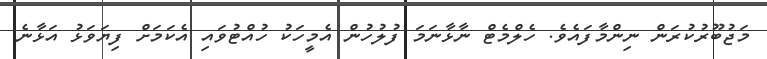
މަޖުބޫރުކުރަން ނިންމާފައެވެ. ހެލްމެޓް ނާޅާނަމަ ފުލުހުން އެމީހަކު ހުއްޓުވައި އެކަމަށް ފިޔަވަޅު އަޅާނެ